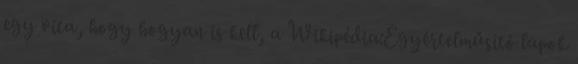
egy vita, hogy hogyan is kell, a Wikipédia:Egyértelműsítő lapok